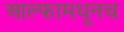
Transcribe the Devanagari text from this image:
आल्फामधूनच